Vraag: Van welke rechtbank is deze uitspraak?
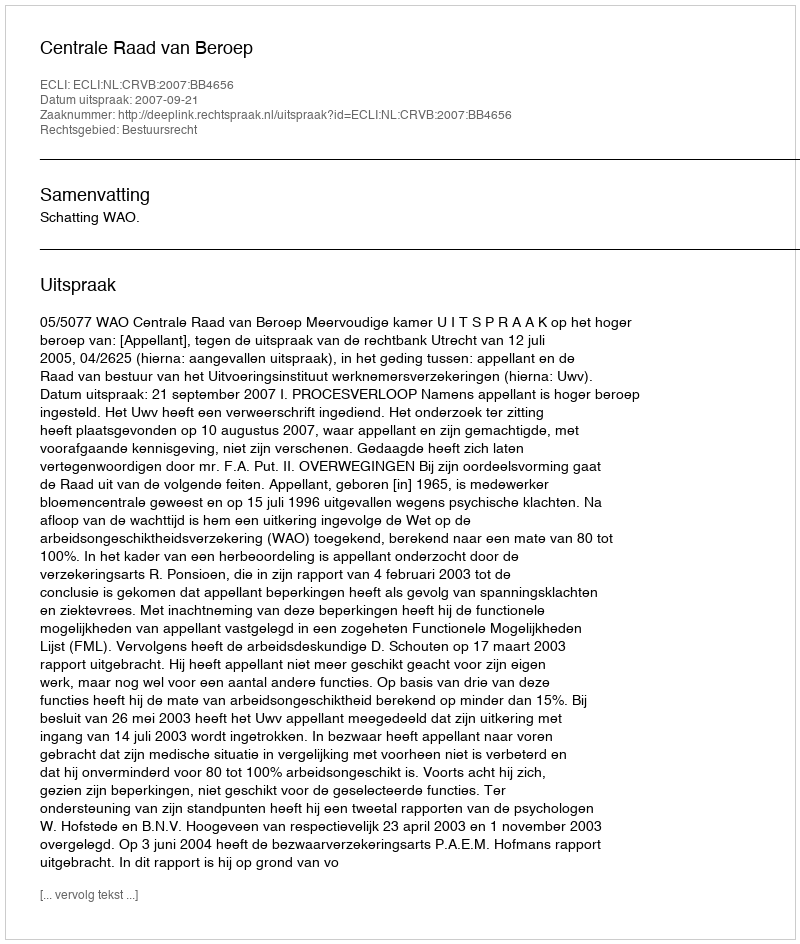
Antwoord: Centrale Raad van Beroep